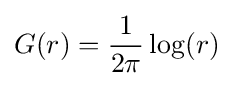
G(r)={1 \over 2\pi }\log(r)